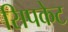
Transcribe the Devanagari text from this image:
सिपकेट